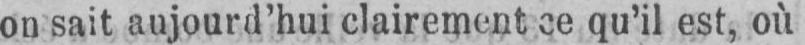
on sait aujourd’hui clairement ce qu’il est, où